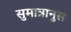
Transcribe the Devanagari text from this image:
सुमात्रानुस